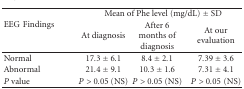
| <ROWSPAN=2> EEGFindings | <COLSPAN=3> Mean of Phe level (mg/dL) ± SD |
 | At diagnosis | After 6 months of diagnosis | At our evaluation |
 | --- | --- | --- | --- |
 | Normal | 17.3 ± 6.1 | 8.4 ± 2.1 | 7.39 ± 3.6 |
 | Abnormal | 21.4 ± 9.1 | 10.3 ± 1.6 | 7.31 ± 4.1 |
 | P value | P > 0.05 (NS) | P > 0.05 (NS) | P > 0.05(NS) |